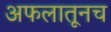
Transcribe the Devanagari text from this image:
अफलातूनच